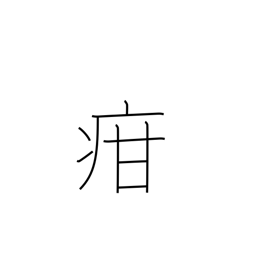
Meaning: children's diseases